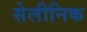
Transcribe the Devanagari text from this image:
सेलीनिक